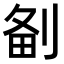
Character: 𠝘